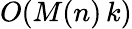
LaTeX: O(M(n)\, k)